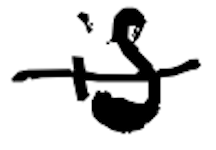
Text: is
Cross-out: mix
Writing tool: digital_black